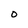
Character: O